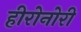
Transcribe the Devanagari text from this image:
हीरोनोरी